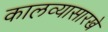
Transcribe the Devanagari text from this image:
कालव्यासारखे